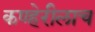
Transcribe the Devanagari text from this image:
कण्हेरीलाच